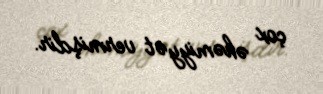
çox əhəmiyyət vermişdir.